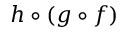
h \circ ( g \circ f )